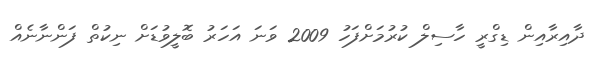
ދާއިރާއިން ޑިގްރީ ހާސިލް ކުރުމަށްފަހު 2009 ވަނަ އަހަރު ބޮލީވުޑަށް ނިކުތް ފަންނާނެއް